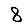
Digit: 8